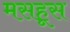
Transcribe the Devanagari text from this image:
मसहूस